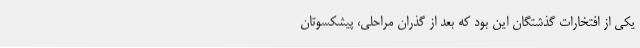
یکی از افتخارات گذشتگان این بود که بعد از گذران مراحلی، پیشکسوتان